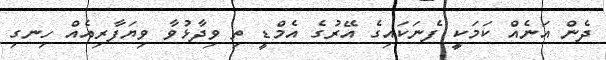
ދެން އަނެއް ކަމަކީ ފެނަކައިގެ އޭރުގެ އެމްޑީ ތި ވިދާޅުވާ ވިޔަފާރިއެއް ހިނގި